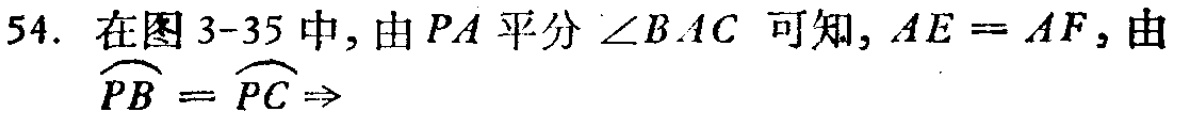
54. 在图3-35中, 由\(PA\)平分\(\angle BAC\)可知, \(AE = AF\), 由\(\overset{\frown}{PB}=\overset{\frown}{PC}\Rightarrow\)